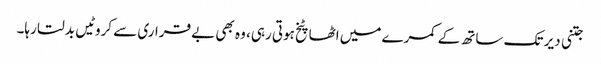
جتنی دیر تک ساتھ کے کمرے میں اٹھا پٹخ ہوتی رہی، وہ بھی بے قراری سے کروٹیں بدلتا رہا۔